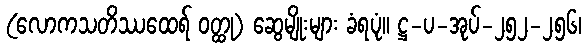
(လောကသတိဿထေရ် ဝတ္ထု) ဆွေမျိုးများ ခံရပုံ။ ဋ္ဌ-ပ-အုပ်-၂၅၂-၂၅၆၊